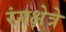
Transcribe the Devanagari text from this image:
रंगक्षेत्रे